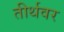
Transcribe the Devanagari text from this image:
तीर्थवर